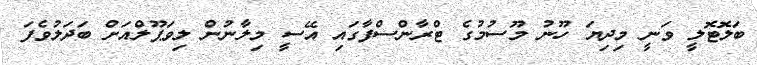
ބަލޮޓޮލީ ވަނީ މިދިޔަ ހޫނު މޫސުމުގެ ޓްރާންސްފާގައި އޭސީ މިލާނުން ލިވަޕޫލްއަށް ބަދަލުވެފަ